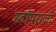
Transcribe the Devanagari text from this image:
स्टॉपराज़ी